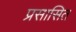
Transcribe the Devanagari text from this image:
प्रसासित